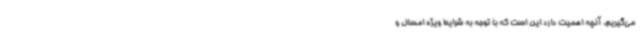
می‌گیریم، آنچه اهمیت دارد این است که با توجه به شرایط ویژه امسال و